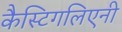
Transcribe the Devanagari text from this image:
कैस्टिगलिएनी